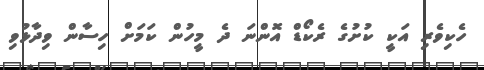
ހެކިވެރި އަކީ ކުށުގެ ރެކޯޑް އޮންނަ ދެ މީހުން ކަމަށް ހިސާން ވިދާޅުވި